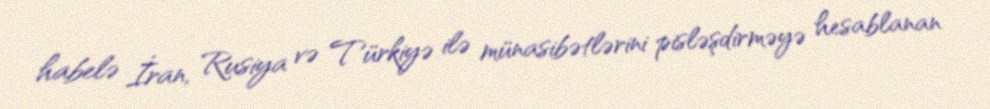
habelə İran, Rusiya və Türkiyə ilə münasibətlərini pisləşdirməyə hesablanan